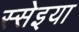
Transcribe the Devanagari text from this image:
स्सेइया